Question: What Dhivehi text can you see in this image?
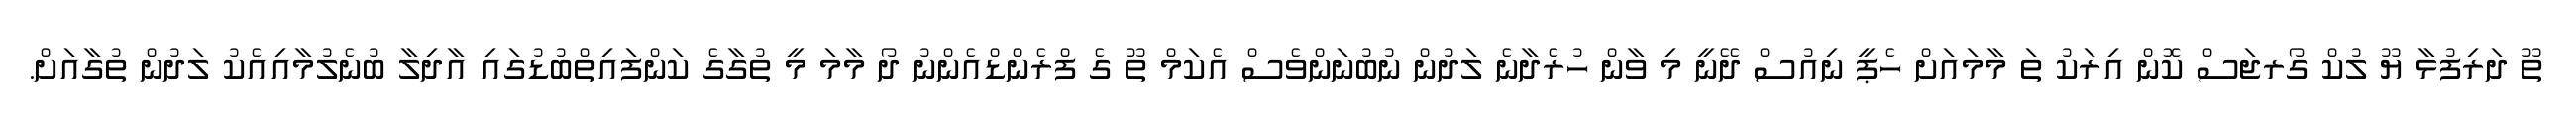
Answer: ތޫ ދަރިފުޅާ ޔޫ ލުކް ގޯރޖަސް ކޮން އިރަކު ތަ މާމައަށް ހެޕީ ނިއުސް ދޭނީ މި ވާން ހުރެދާނެ ލަދުން ނުބުނަންވެސް އެކަމް ތޫ ގެ ފްރެންޑްއެންނު ދޯ މާމަ މީ ތުގާގެ ކަންފައިތްބުޑުގައި އާދިލާ ބުނެލުމާއިއެކު ލަދުން ތުގާއަށް.